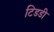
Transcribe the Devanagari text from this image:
टिडडी